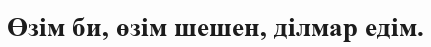
Өзім би, өзім шешен, ділмар едім.